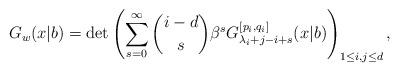
LaTeX: \begin{align*}G_{w}(x|b) = \det\left( \sum_{s=0}^{\infty} \binom{i-d}{s}\beta^s G_{\lambda_i+j-i+s}^{[p_i,q_i]}(x|b) \right)_{1\leq i,j \leq d},\end{align*}